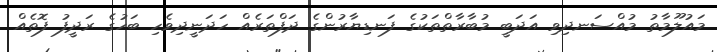
މައުލޫމާތު މުއްސަނދިވި އަދަބީ މުބާރާތްތަކުގެ ފަނޑިޔާރުންގެ ދަފްތަރެއް ހަދަނީދިވެހި ބަހުގެ ރަދީފު ފޮތެއް